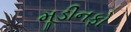
મૂડીનફો